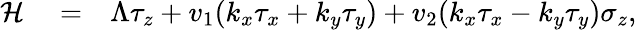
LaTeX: \begin{array}{rlr}{\mathcal{H}}&{{}=}&{\Lambda\tau_{z}+v_{1}(k_{x}\tau_{x}+k_{y}\tau_{y})+v_{2}(k_{x}\tau_{x}-k_{y}\tau_{y})\sigma_{z},}\end{array}